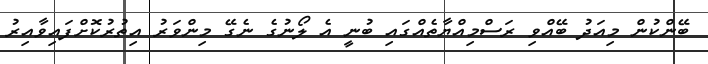
ބޭންކުން މިއަދު ބޭއްވި ރަސްމިއްޔާތެއްގައި ބުނީ އެ ލޯނުގެ ނެގޭ މިންވަރު އިތުރުކޮށްފައިވާއިރު